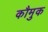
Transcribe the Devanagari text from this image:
कौमुक